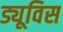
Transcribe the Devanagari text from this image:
ड्यूविस